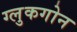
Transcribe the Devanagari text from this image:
ग्लुकगोन